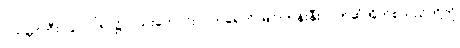
ဝက်မှင်ဘီး ပြုလုပ်ရာ၌လည်းကောင်း၊ ဝက်ရေကို မြင်းကုန်းနှီး၊ ပိုက်ဆံအိတ်စသည်တို့ကို